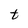
Character: t